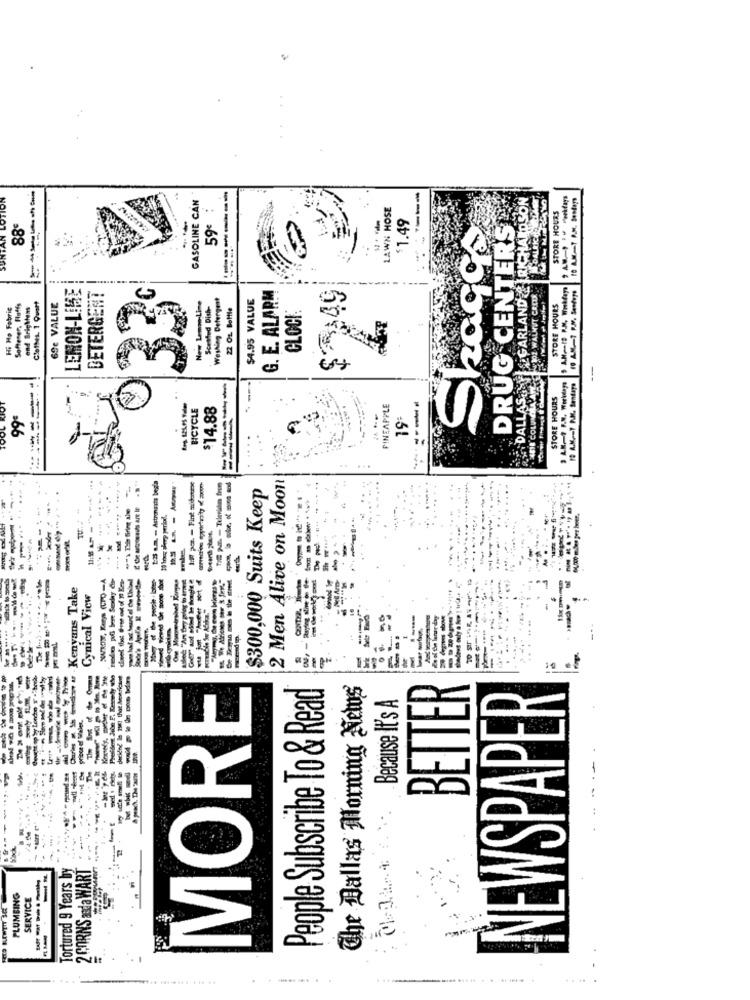
SUNTAN LOTION
GASOLINE CAN
----
---
DALLAS& YI GARLAND & RICHARDSON
LAWN HOSE
$1.49
DRUG CENTERS
STORE HOURS
88€
59€
Skaqqs
LEMON-LIME
G. E. ALARM
5 A.M .- 19 P.M. Wokfaya
10 AM-1 P.M. Sestago
69c VALUE
DETERGENT
Washing Detergent
$4.95 VALUE
Hi Ha Fabric
Softener, Fluffy
ond Brightens
Clothes. 1 Quart
New Lempo-Line
Scented Dish-
22 OL Bottle
STORE HOURS
CLOCK
---
ADE COLUNOLA ANY
3 A.N.1 P.M. Workdays
STORE HOURS
BICYCLE
$14.88
PINEAPPLE
99ª
19:
1
1:35 am. - Astronauts begla
2 Men Alive on Moon!
------- 1
-
----
THE 2 - Ttlerida from
$300,000 Suits Keep
----
10 brug slovy period.
----
64,000 miles per
ye Sextay ds
dimel the tree evt of 10 Kes-
-----
Charles # 1h mmm # -Kenvans Take
Cynical View
- ---
Caught op by London F ."heeb.
------
People Subscribe To & Read
The Dallas Morning News
BETTER
NEWSPAPER
MORE
Because It's A
prince of Wales,
-
Tortured 9 Years by
2 CORNS anda WART
--
PLUMBING
SERVICE
--------------
...